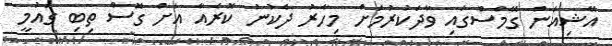
އޭޝިއަން ގޭމްސްގައި ވާދަކުރުމަށް މިހާރު ދެކުނު ކޮރެއާ އަށް ގޮސް ތިބި ގައުމީ